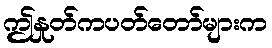
ဤနှုတ်ကပတ်တော်များက